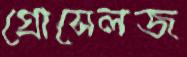
গ্রোসেলজ